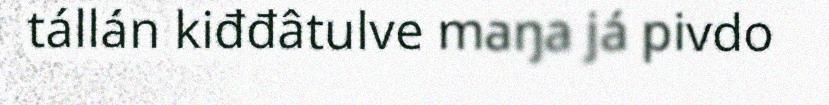
tállán kiđđâtulve maŋa já pivdo